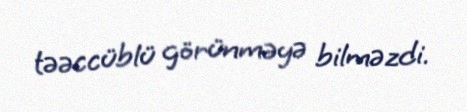
təəccüblü görünməyə bilməzdi.